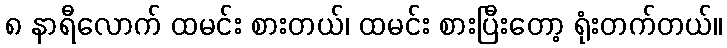
၈ နာရီလောက် ထမင်း စားတယ်၊ ထမင်း စားပြီးတော့ ရုံးတက်တယ်။